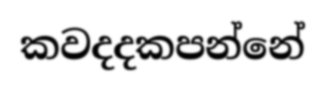
කවදදකපන්නේ